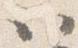
以